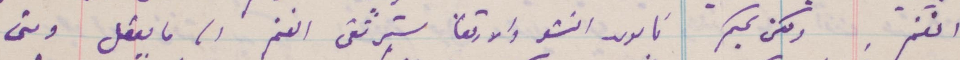
الغنم. ولكن بحكم ناموس النشو والارتقا سترتقي الغنم الى ما يعقل ومتى